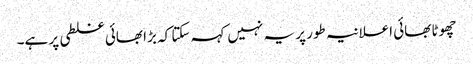
چھوٹا بھائی اعلانیہ طور پر یہ نہیں کہہ سکتا کہ بڑا بھائی غلطی پر ہے۔